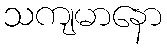
သကျမာနော